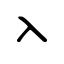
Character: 入